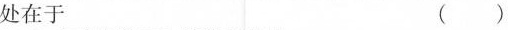
处在于 ( )